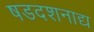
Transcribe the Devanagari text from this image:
षडदशनाद्य